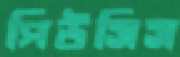
পিউসিস